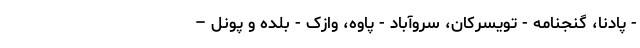
- پادنا، گنجنامه - تویسرکان، سروآباد - پاوه، وازک - بلده و پونل –